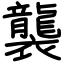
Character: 襲